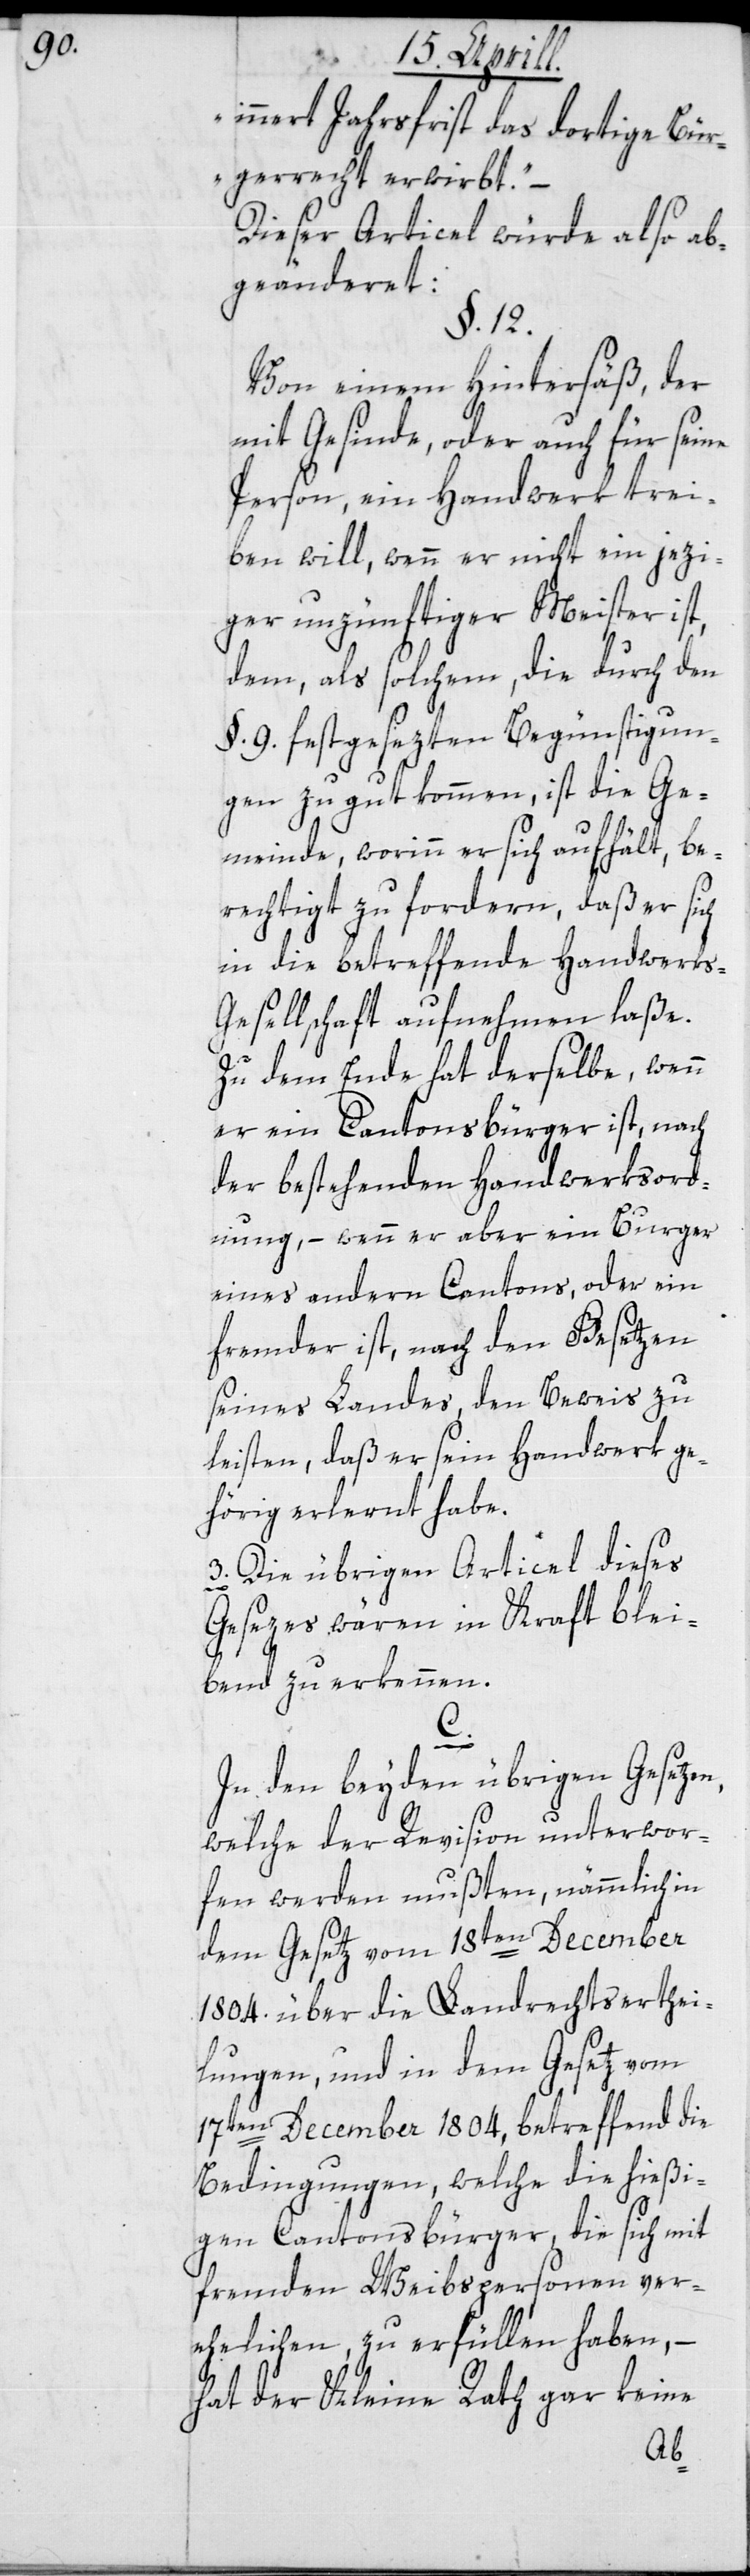
innert Jahrsfrist das dortige Bür¬
gerrecht erwirbt“.
Dieser Articel würde also ab¬
geänderet:
§. 12.
Von einem Hintersäß, der
mit Gesinde, oder auch für seine
Person, ein Handwerk trei¬
ben will, wenn er nicht ein jezi¬
ger unzünftiger Meister ist,
dem als solchem, die durch den
§. 9. festgesezten Begünstigun¬
gen zu gut kommen, ist die Ge¬
meinde, worinn er sich aufhält, be¬
rechtigt zu fordern, daß er sich
in die betreffenden Handwerks-G¬
esellschaft aufnehmen laße.
Zu dem Ende hat derselbe, wenn
er ein Cantonsbürger ist, nach
der bestehenden Handwerksord¬
nung, – wenn er aber ein Burger
eines andern Cantons, oder ein
fremder ist, nach den Gesetzen
seines Landes den Beweis zu
leisten, daß er sein Handwerk ge¬
hörig erlernt habe.
3. Die übrigen Articel dieses
Gesezes wären in Kraft blei¬
bend zu erkennen.
C.
In den beyden übrigen Gesetzen,
welche der Revision unterwor¬
fen werden mußten, nämmlich in
dem Gesetz vom 18ten December
1804. über die Landrechtserthei¬
lungen, und in dem Gesetz vom
17ten December 1804, betreffend die
Bedingungen, welche die hießi¬
gen Cantonsbürger, die sich mit
fremden Weibspersonen ver¬
ehelichen, zu erfüllen haben, –
hat der Kleine Rath gar keine